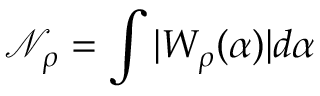
\mathcal { N } _ { \rho } = \int | W _ { \rho } ( \alpha ) | d \alpha